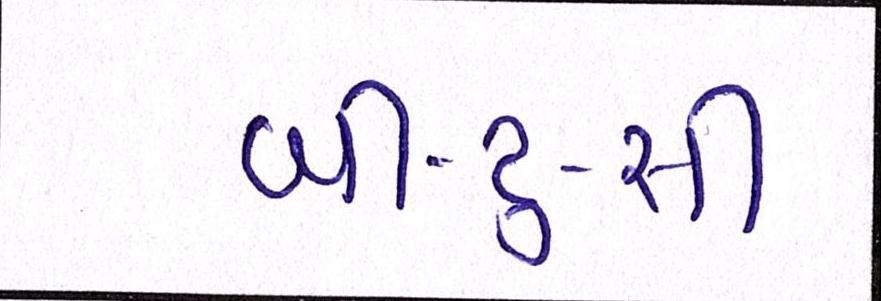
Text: બી-ટુ-સી